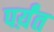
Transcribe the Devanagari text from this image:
पर्य़ंत